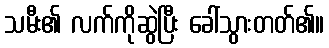
သမီး၏ လက်ကိုဆွဲပြီး ခေါ်သွားတတ်၏။